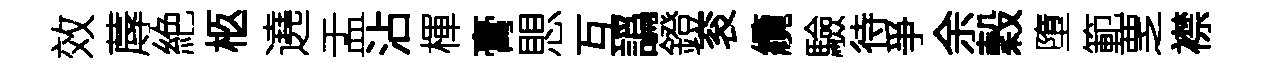
效蓐絶柩遶盂沾楎膏愳互譌鐙衮纜驗待爭余穀墮範覂襟